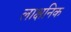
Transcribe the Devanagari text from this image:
लाक्षनिक